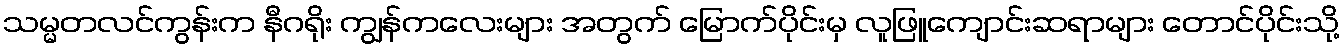
သမ္မတလင်ကွန်းက နီဂရိုး ကျွန်ကလေးများ အတွက် မြောက်ပိုင်းမှ လူဖြူကျောင်းဆရာများ တောင်ပိုင်းသို့